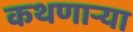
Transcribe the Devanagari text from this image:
कथणाऱ्या